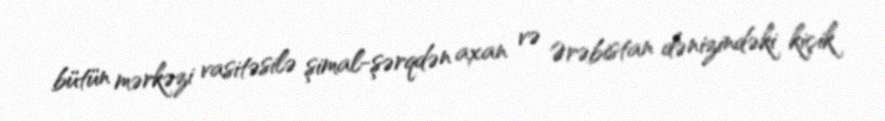
bütün mərkəzi vasitəsilə şimal-şərqdən axan və Ərəbistan dənizindəki kiçik